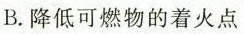
B.降低可燃物的着火点